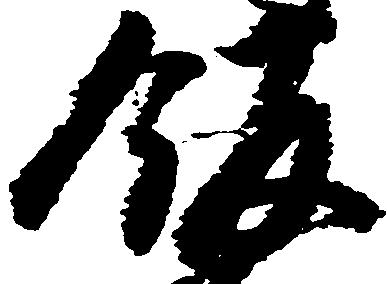
飯